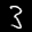
Label: 3